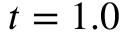
t = 1 . 0